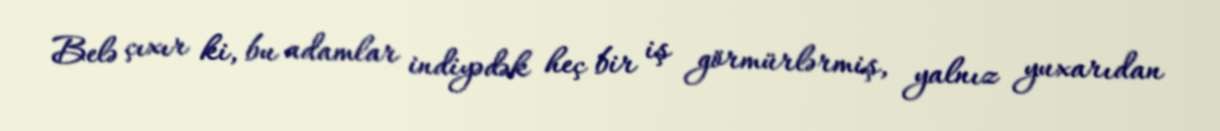
Belə çıxır ki, bu adamlar indiyədək heç bir iş görmürlərmiş, yalnız yuxarıdan